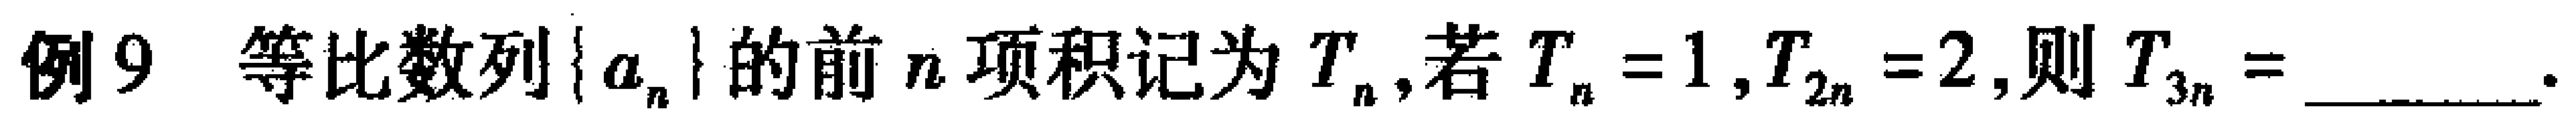
例9 等比数列\(\{ a_{n}\}\)的前\(n\)项积记为\(T_{n}\),若\(T_{n}=1,T_{2n}=2\),则\(T_{3n}=\)________.